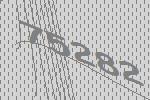
75282